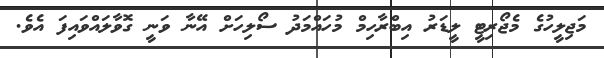
މަޖިލީހުގެ މެޖޯރިޓީ ލީޑަރު އިބްރާހިމް މުހައްމަދު ސޯލިހަށް އޭނާ ވަނީ ގޮވާލައްވައިފަ އެވެ.